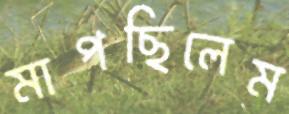
মাপছিলেম